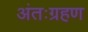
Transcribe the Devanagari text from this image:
अंतःग्रहण